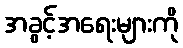
အခွင့်အရေးများကို